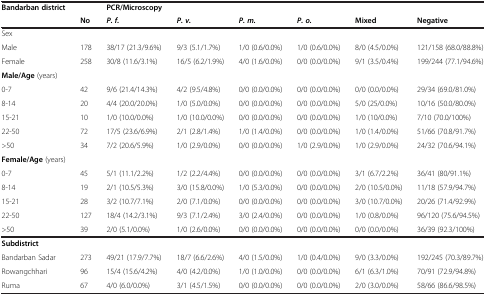
<table><thead><tr><td><b>Bandarban district</b></td><td><b> </b></td><td><b>PCR/Microscopy</b></td><td><b> </b></td><td><b> </b></td><td><b> </b></td><td><b> </b></td><td><b> </b></td></tr><tr><td><b> </b></td><td><b>No</b></td><td><b><i>P. f.</i></b></td><td><b><i>P. v.</i></b></td><td><b><i>P. m.</i></b></td><td><b><i>P. o.</i></b></td><td><b>Mixed</b></td><td><b>Negative</b></td></tr></thead><tbody><tr><td>Sex</td><td> </td><td> </td><td> </td><td> </td><td> </td><td> </td><td> </td></tr><tr><td>Male</td><td>178</td><td>38/17 (21.3/9.6%)</td><td>9/3 (5.1/1.7%)</td><td>1/0 (0.6/0.0%)</td><td>1/0 (0.6/0.0%)</td><td>8/0 (4.5/0.0%)</td><td>121/158 (68.0/88.8%)</td></tr><tr><td>Female</td><td>258</td><td>30/8 (11.6/3.1%)</td><td>16/5 (6.2/1.9%)</td><td>4/0 (1.6/0.0%)</td><td>0/0 (0.0/0.0%)</td><td>9/1 (3.5/0.4%)</td><td>199/244 (77.1/94.6%)</td></tr><tr><td><b>Male/Age</b> (years)</td><td> </td><td> </td><td> </td><td> </td><td> </td><td> </td><td> </td></tr><tr><td>0-7</td><td>42</td><td>9/6 (21.4/14.3%)</td><td>4/2 (9.5/4.8%)</td><td>0/0 (0.0/0.0%)</td><td>0/0 (0.0/0.0%)</td><td>0/0 (0.0/0.0%)</td><td>29/34 (69.0/81.0%)</td></tr><tr><td>8-14</td><td>20</td><td>4/4 (20.0/20.0%)</td><td>1/0 (5.0/0.0%)</td><td>0/0 (0.0/0.0%)</td><td>0/0 (0.0/0.0%)</td><td>5/0 (25/0.0%)</td><td>10/16 (50.0/80.0%)</td></tr><tr><td>15-21</td><td>10</td><td>1/0 (10.0/0.0%)</td><td>1/0 (10.0/0.0%)</td><td>0/0 (0.0/0.0%)</td><td>0/0 (0.0/0.0%)</td><td>1/0 (10/0.0%)</td><td>7/10 (70.0/100%)</td></tr><tr><td>22-50</td><td>72</td><td>17/5 (23.6/6.9%)</td><td>2/1 (2.8/1.4%)</td><td>1/0 (1.4/0.0%)</td><td>0/0 (0.0/0.0%)</td><td>1/0 (1.4/0.0%)</td><td>51/66 (70.8/91.7%)</td></tr><tr><td>&gt;50</td><td>34</td><td>7/2 (20.6/5.9%)</td><td>1/0 (2.9/0.0%)</td><td>0/0 (0.0/0.0%)</td><td>1/0 (2.9/0.0%)</td><td>1/0 (2.9/0.0%)</td><td>24/32 (70.6/94.1%)</td></tr><tr><td><b>Female/Age</b> (years)</td><td> </td><td> </td><td> </td><td> </td><td> </td><td> </td><td> </td></tr><tr><td>0-7</td><td>45</td><td>5/1 (11.1/2.2%)</td><td>1/2 (2.2/4.4%)</td><td>0/0 (0.0/0.0%)</td><td>0/0 (0.0/0.0%)</td><td>3/1 (6.7/2.2%)</td><td>36/41 (80/91.1%)</td></tr><tr><td>8-14</td><td>19</td><td>2/1 (10.5/5.3%)</td><td>3/0 (15.8/0.0%)</td><td>1/0 (5.3/0.0%)</td><td>0/0 (0.0/0.0%)</td><td>2/0 (10.5/0.0%)</td><td>11/18 (57.9/94.7%)</td></tr><tr><td>15-21</td><td>28</td><td>3/2 (10.7/7.1%)</td><td>2/0 (7.1/0.0%)</td><td>0/0 (0.0/0.0%)</td><td>0/0 (0.0/0.0%)</td><td>3/0 (10.7/0.0%)</td><td>20/26 (71.4/92.9%)</td></tr><tr><td>22-50</td><td>127</td><td>18/4 (14.2/3.1%)</td><td>9/3 (7.1/2.4%)</td><td>3/0 (2.4/0.0%)</td><td>0/0 (0.0/0.0%)</td><td>1/0 (0.8/0.0%)</td><td>96/120 (75.6/94.5%)</td></tr><tr><td>&gt;50</td><td>39</td><td>2/0 (5.1/0.0%)</td><td>1/0 (2.6/0.0%)</td><td>0/0 (0.0/0.0%)</td><td>0/0 (0.0/0.0%)</td><td>0/0 (0.0/0.0%)</td><td>36/39 (92.3/100%)</td></tr><tr><td><b>Subdistrict</b></td><td> </td><td> </td><td> </td><td> </td><td> </td><td> </td><td> </td></tr><tr><td>Bandarban Sadar</td><td>273</td><td>49/21 (17.9/7.7%)</td><td>18/7 (6.6/2.6%)</td><td>4/0 (1.5/0.0%)</td><td>1/0 (0.4/0.0%)</td><td>9/0 (3.3/0.0%)</td><td>192/245 (70.3/89.7%)</td></tr><tr><td>Rowangchhari</td><td>96</td><td>15/4 (15.6/4.2%)</td><td>4/0 (4.2/0.0%)</td><td>1/0 (1.0/0.0%)</td><td>0/0 (0.0/0.0%)</td><td>6/1 (6.3/1.0%)</td><td>70/91 (72.9/94.8%)</td></tr><tr><td>Ruma</td><td>67</td><td>4/0 (6.0/0.0%)</td><td>3/1 (4.5/1.5%)</td><td>0/0 (0.0/0.0%)</td><td>0/0 (0.0/0.0%)</td><td>2/0 (3.0/0.0%)</td><td>58/66 (86.6/98.5%)</td></tr></tbody></table>